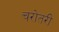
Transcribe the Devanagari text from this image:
चरोतरी